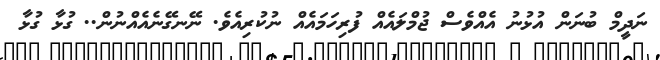
ނަދީމް ބުނަން އުޅުނު އެއްވެސް ޖުމްލައެއް ފުރިހަމައެއް ނުކުރިއެވެ. ނޭނގޭނެއެއްނުން.. ގުޅާ ގުޅާ